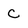
Character: C